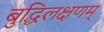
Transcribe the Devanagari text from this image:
बुद्धिलक्षणम्‌